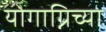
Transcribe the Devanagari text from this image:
योगाग्निच्या